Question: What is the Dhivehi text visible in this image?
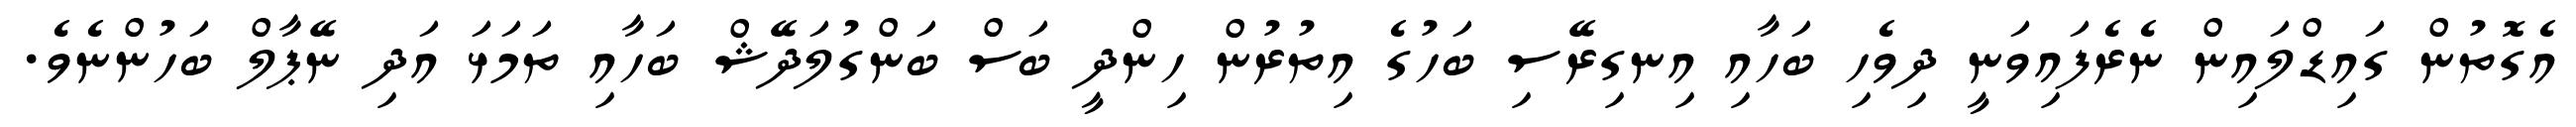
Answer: އެގޮތުން ގައިޑްލައިން ނެރެފައިވަނީ ދިވެހި ބަހާއި އިނގިރޭސި ބަހުގެ އިތުރުން ހިންދީ ބަސް ބަންގުލަދޭޝް ބަހާއި ތަމަޅަ އަދި ނޭޕާލް ބަހުންނެވެ.